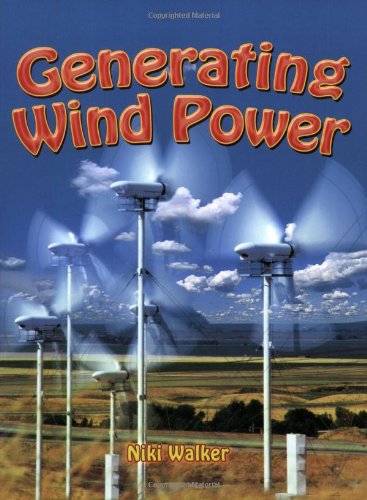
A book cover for Generating Wind Power (Energy Revolution); Niki Walker; Children's Books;